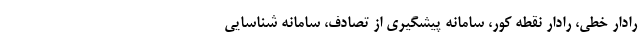
رادار خطی، رادار نقطه کور، سامانه پیشگیری از تصادف، سامانه شناسایی